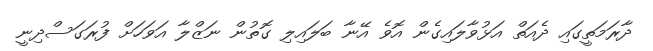
ދާރަމަތީގައި ދެއަތް އަޅުވާލައިގެން އޮވެ އޭނާ ބަލައިލި ގޮތުން ނަޒްލާ އަވަަހަށް ފުރަގަސްދިނީ